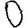
Digit: 0